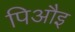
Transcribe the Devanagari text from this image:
पिऔइ